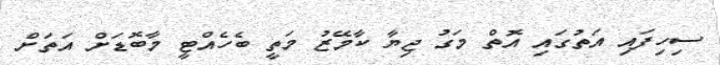
ސިހިފައި އަތުގައި އޮތް މަގު ޖިޔާ ކާމޭޒު މަތީ ބެހެއްޓީ މާބޮޑަށް އަތަށް